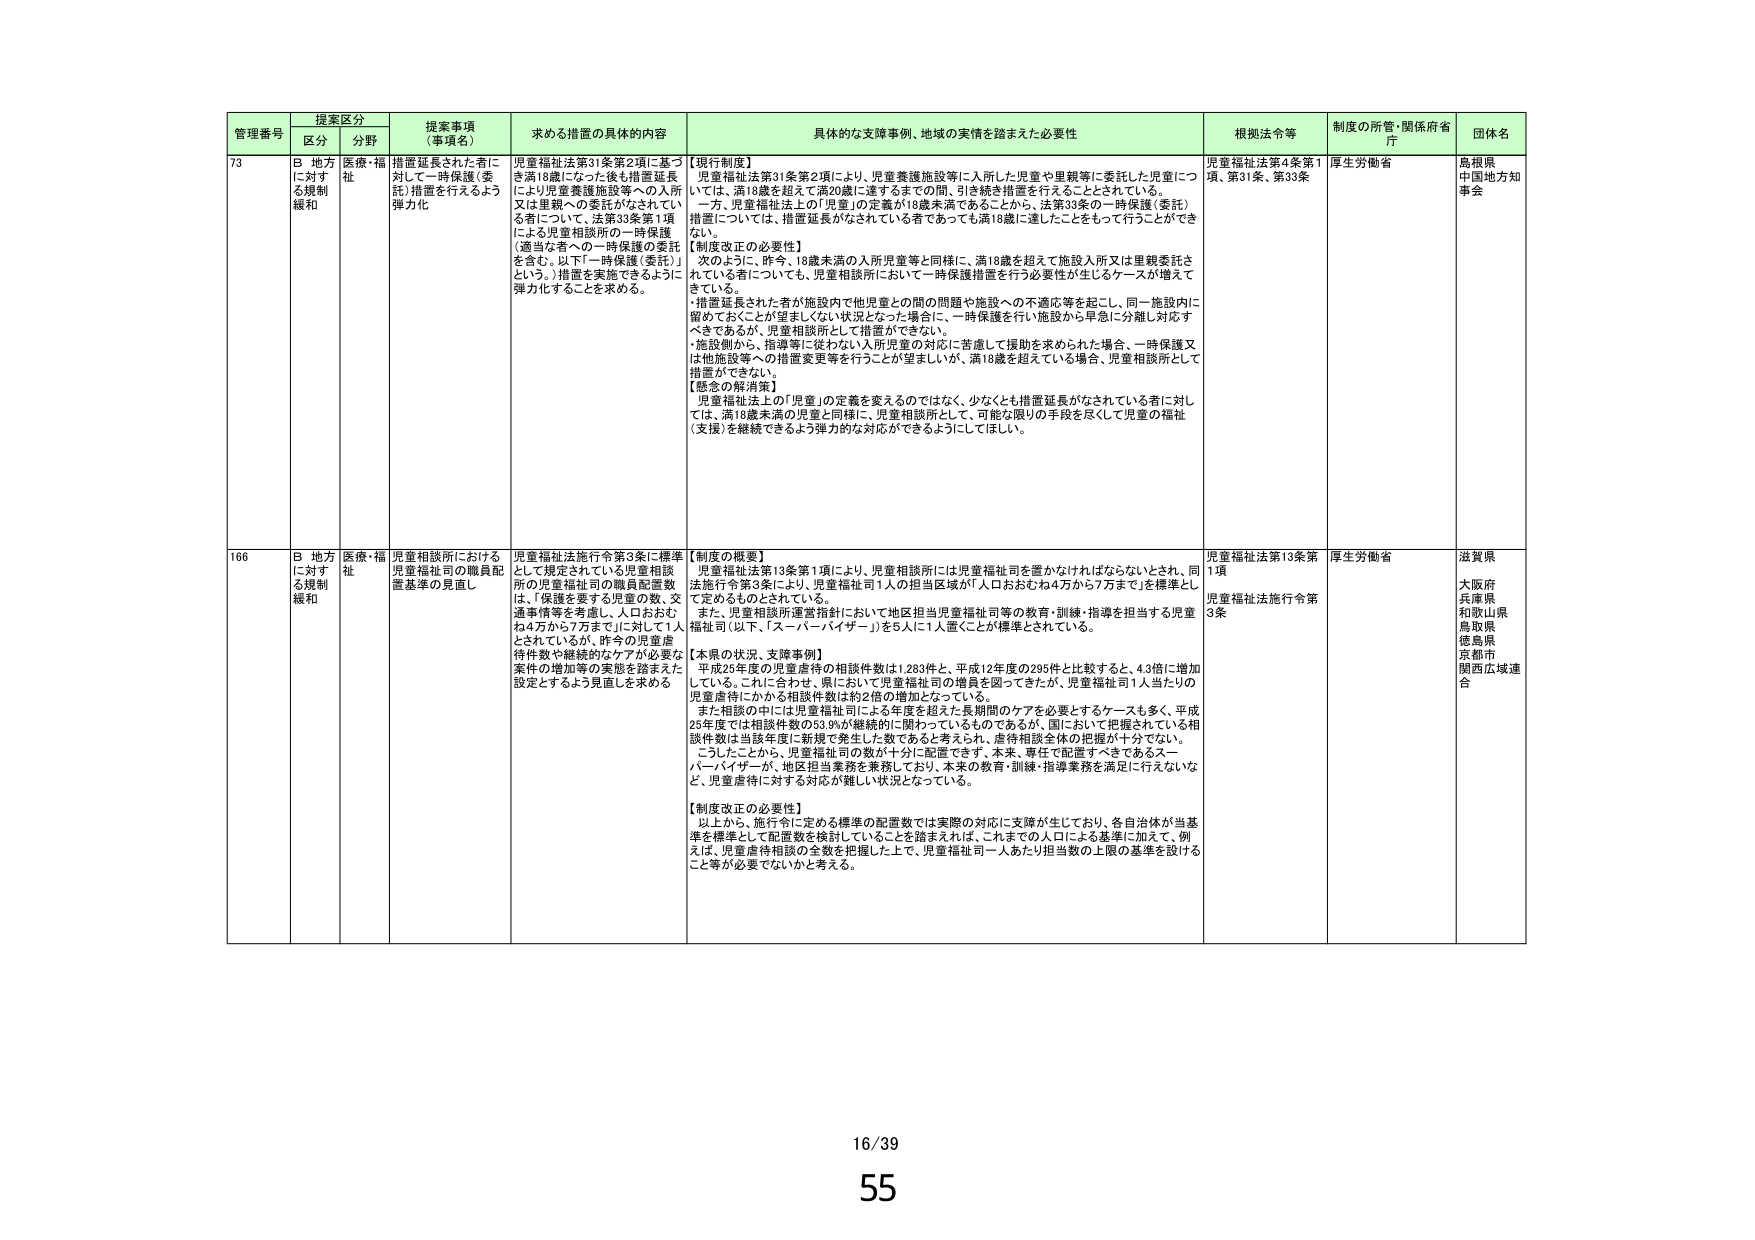
管理番号 提案区分 提案事項（事項名） 求める措置の具体的内容 具体的な支援事例、地域の実情を踏まえた必要性 根拠法令等 制度の所管・関係府省庁 団体名
区分 分野
73 B 地方に対する規制緩和 医療・福祉 措置延長された者に対して一時保護（委託）措置を行えるよう弾力化 児童福祉法第31条第2項に基づき満18歳になった後も措置延長により児童養護施設等への入所又は里親への委託がなされている者について、法第33条第1項による児童相談所の一時保護（適当な者への一時保護の委託を含む。以下「一時保護（委託）」という。）措置を実施できるように弾力化することを求める。 【現行制度】 児童福祉法第31条第2項により、児童養護施設等に入所した児童や里親等に委託した児童については、満18歳を超えて満20歳に達するまでの間、引き続き措置を行えることとされている。 一方、児童福祉法上の「児童」の定義が18歳未満であることから、法第33条の一時保護（委託）措置については、措置延長がなされている者であっても満18歳に達したことをもって行うことができない。 【制度改正の必要性】 次のように、昨今、18歳未満の入所児童等と同様に、満18歳を超えて施設入所又は里親委託されている者についても、児童相談所において一時保護措置を行う必要性が生じるケースが増えてきている。 ・措置延長された者が施設内で他児童との間の問題や施設への不適応等を起こし、同一施設内に留めておくことが望ましくない状況となった場合に、一時保護を行い施設から早急に分離し対応すべきであるが、児童相談所として措置ができない。 ・施設側から、指導等に従わない入所児童の対応に苦慮して援助を求められた場合、一時保護又は他施設等への措置変更等を行うことが望ましいが、満18歳を超えている場合、児童相談所として措置ができない。 【懸念の解消策】 児童福祉法上の「児童」の定義を変えるのではなく、少なくとも措置延長がなされている者に対しては、満18歳未満の児童と同様に、児童相談所として、可能な限りの手段を尽くして児童の福祉（支援）を継続できるよう弾力的な対応ができるようにしてほしい。 児童福祉法第4条第1項、第31条、第33条 厚生労働省 島根県 中国地方知事会
166 B 地方に対する規制緩和 医療・福祉 児童相談所における児童福祉司の職員配置基準の見直し 児童福祉法施行令第3条に標準として規定されている児童相談所の児童福祉司の職員配置数は、「保護を要する児童の数、交通事情等を考慮し、人口おおむね4万から7万まで」に対して1人とされているが、昨今の児童虐待件数や継続的なケアが必要な案件の増加等の実態を踏まえた設定とするよう見直しを求める 【制度の概要】 児童福祉法第13条第1項により、児童相談所には児童福祉司を置かなければならないとされ、同法施行令第3条により、児童福祉司1人の担当区域が「人口おおむね4万から7万まで」を標準として定めるものとされている。 また、児童相談所運営指針において地区担当児童福祉司等の教育・訓練・指導を担当する児童福祉司（以下、「スーパーバイザー」）を5人に1人置くことが標準とされている。 【本県の状況、支援事例】 平成25年度の児童虐待の相談件数は1,283件と、平成12年度の295件と比較すると、4.3倍に増加している。これに合わせ、県において児童福祉司の増員を図ってきたが、児童福祉司1人当たりの児童虐待にかかる相談件数は約2倍の増加となっている。 また相談の中には児童福祉司による年度を超えた長期間のケアを必要とするケースも多く、平成25年度では相談件数の53.9%が継続的に関わっているものであるが、国において把握されている相談件数は当該年度に新規で発生した数であると考えられ、虐待相談全体の把握が十分でない。 こうしたことから、児童福祉司の数が十分に配置できず、本来、専任で配置すべきであるスーパーバイザーが、地区担当業務を兼務しており、本来の教育・訓練・指導業務を満足に行えないなど、児童虐待に対する対応が難しい状況となっている。 【制度改正の必要性】 以上から、施行令に定める標準の配置数では実際の対応に支障が生じており、各自治体が当基準を標準として配置数を検討していることを踏まえれば、これまでの人口による基準に加えて、例えば、児童虐待相談の全数を把握した上で、児童福祉司一人あたり担当数の上限の基準を設けること等が必要でないかと考える。 児童福祉法第13条第1項 児童福祉法施行令第3条 厚生労働省 滋賀県 大阪府 兵庫県 和歌山県 鳥取県 徳島県 京都市 関西広域連合
16/39
55